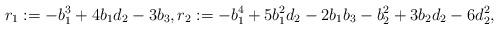
LaTeX: \begin{align*}r_{1} := -b_{1}^{3} + 4b_{1}d_{2} - 3b_{3},r_{2} := -b_{1}^{4} + 5b_{1}^{2}d_{2} - 2b_{1}b_{3} - b_{2}^{2}+ 3b_{2}d_{2} - 6d_{2}^{2},\end{align*}